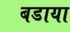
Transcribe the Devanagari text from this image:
बडाया